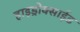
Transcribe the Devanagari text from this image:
हाइड्रोक्साईड